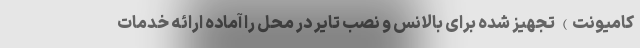
کامیونت) تجهیز شده برای بالانس و نصب تایر در محل را آماده ارائه خدمات